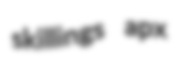
skillings apx